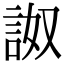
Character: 詉